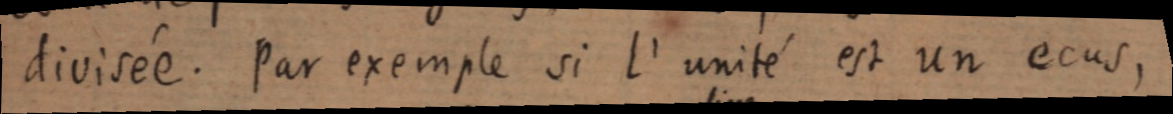
divisée. Par exemple si l’unité est un ecus,